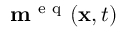
\mathbf { m } ^ { \mathrm { ~ e ~ q ~ } } ( \mathbf { x } , t )